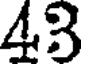
43